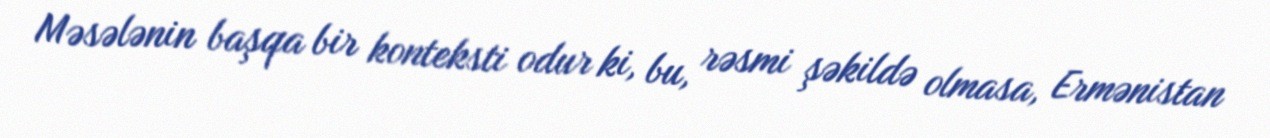
Məsələnin başqa bir konteksti odur ki, bu, rəsmi şəkildə olmasa, Ermənistan